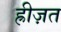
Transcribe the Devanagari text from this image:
ह्रीज़त